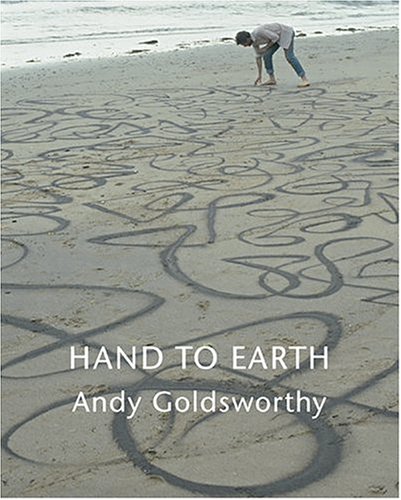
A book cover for Hand to Earth; Andy Goldsworthy; Arts & Photography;